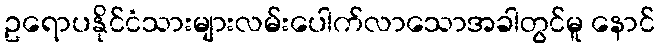
ဥရောပနိုင်ငံသားများလမ်းပေါက်လာသောအခါတွင်မူ နောင်